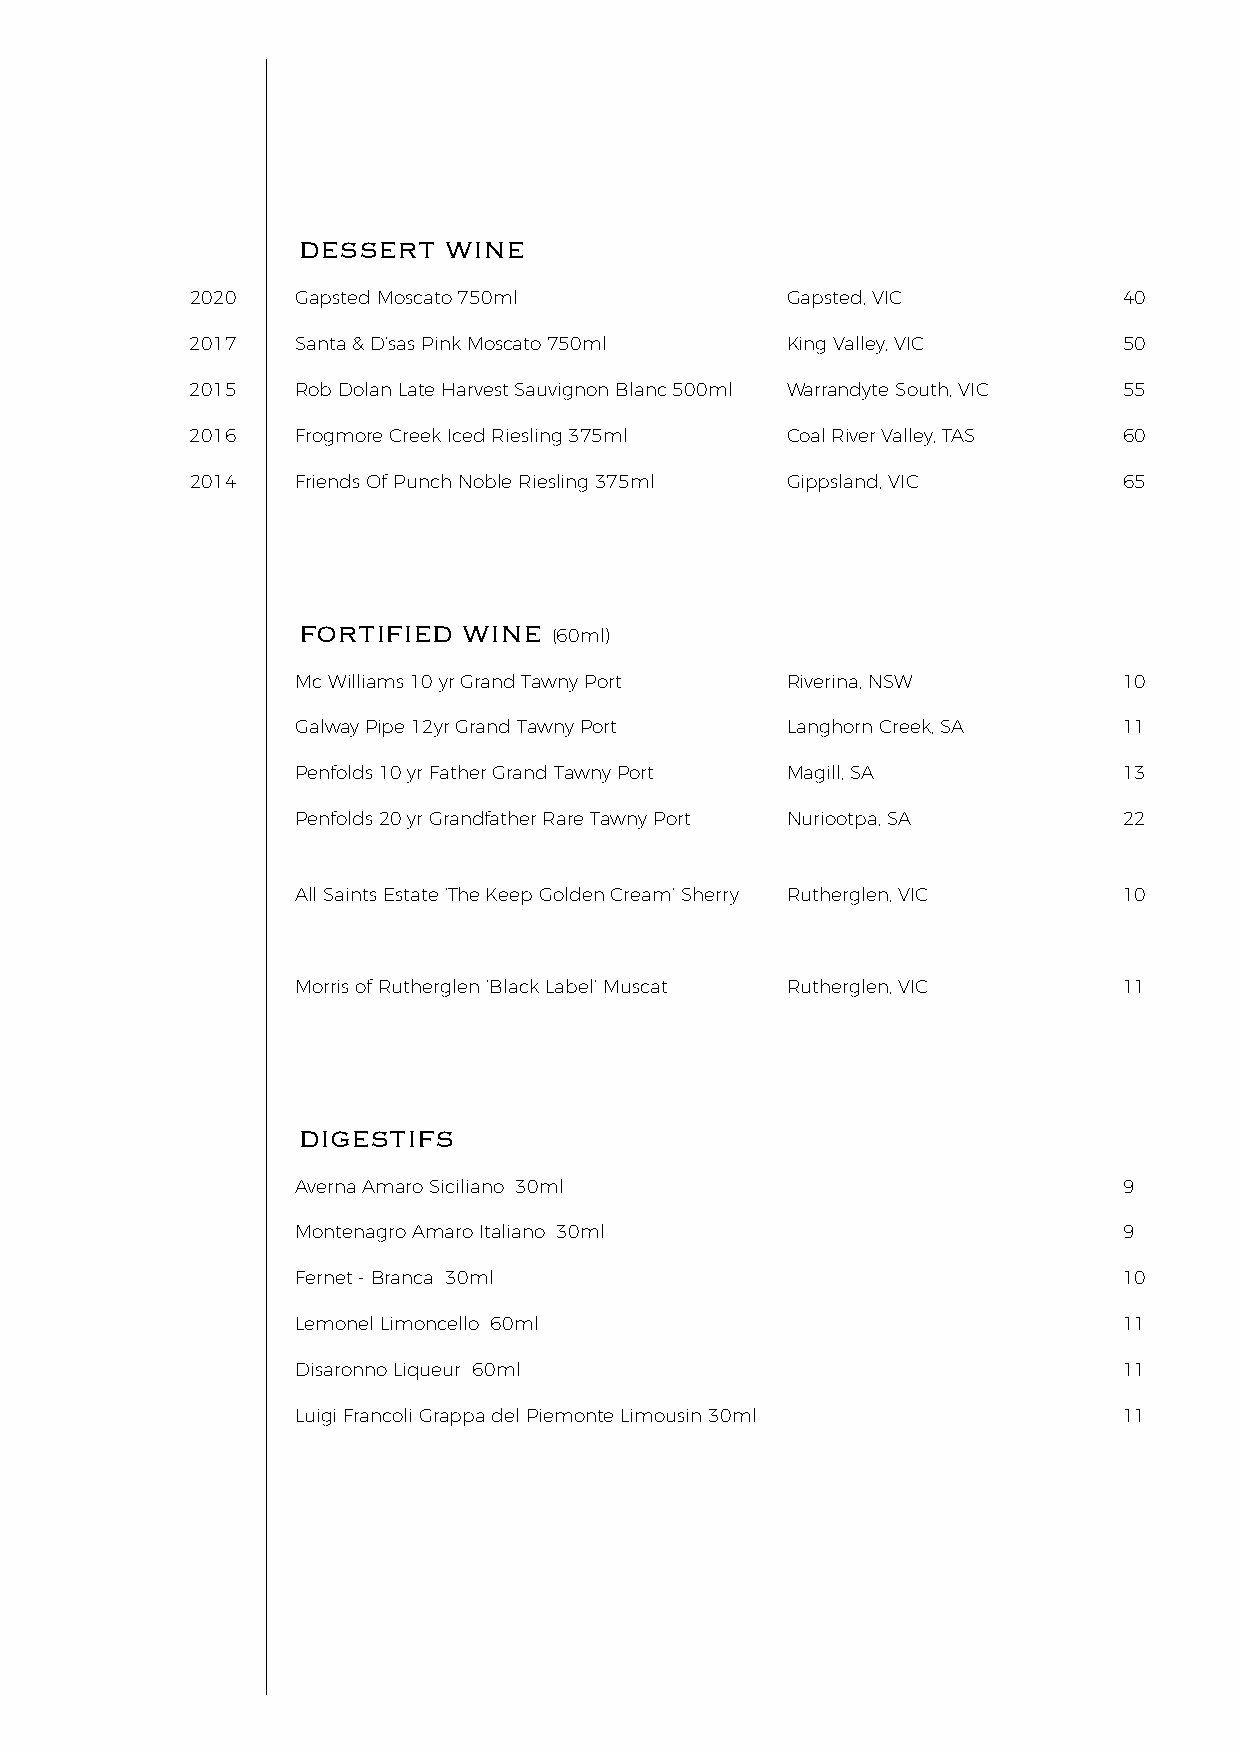
DESSERT  WINE
 2020   Gapsted Moscato 750ml           Gapsted, VIC          40
 2017   Santa & D’sas Pink Moscato 750ml King Valley, VIC     50
 2015   Rob Dolan Late Harvest Sauvignon Blanc 500ml Warrandyte South, VIC 55
 2016   Frogmore Creek Iced Riesling 375ml Coal River Valley, TAS 60
 2014   Friends Of Punch Noble Riesling 375ml Gippsland, VIC  65
 FORTIFIED  WINE
 (60ml)
 Mc Williams 10 yr Grand Tawny Port Riverina, NSW      10
 Galway Pipe 12yr Grand Tawny Port Langhorn Creek, SA  11
 Penfolds 10 yr Father Grand Tawny Port Magill, SA     13
 Penfolds 20 yr Grandfather Rare Tawny Port Nuriootpa, SA 22
 All Saints Estate ‘The Keep Golden Cream’ Sherry Rutherglen, VIC 10
 Morris of Rutherglen ‘Black Label’ Muscat Rutherglen, VIC 11
 DIGESTIFS
 Averna Amaro Siciliano 30ml                           9
 Montenagro Amaro Italiano 30ml                        9
 Fernet - Branca 30ml                                  10
 Lemonel Limoncello 60ml                               11
 Disaronno Liqueur 60ml                                11
 Luigi Francoli Grappa del Piemonte Limousin 30ml      11